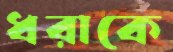
ধরাকে